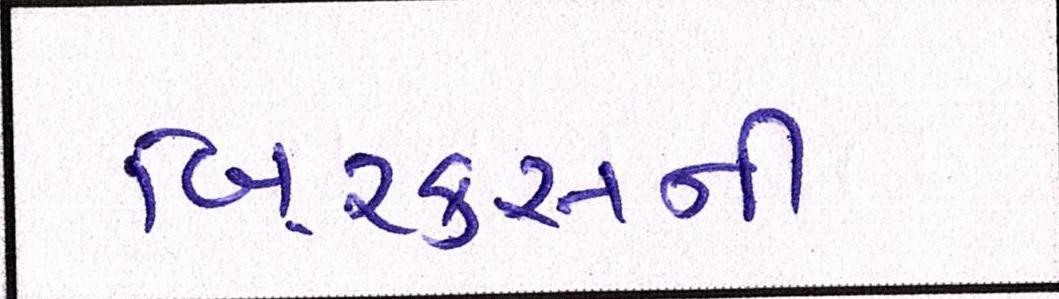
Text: બિ્રક્સની